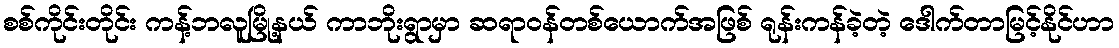
စစ်ကိုင်းတိုင်း ကန့်ဘလူမြို့နယ် ကာဘိုးရွာမှာ ဆရာဝန်တစ်ယောက်အဖြစ် ရုန်းကန်ခဲ့တဲ့ ဒေါက်တာမြင့်နိုင်ဟာ